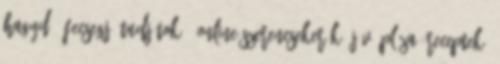
Hagyd , Fecsegj, Tudjátok?, Online Szerencsekerék, Jövő Pláza, Receptek,